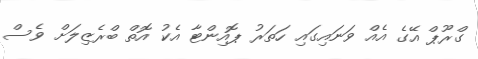
ގްރޫޕް އޭގެ އެއް ވަނައިގައި ހަތަރު ޕޮއިންޓާ އެކު އޮތް ބްރެޒިލަށް ވެސް